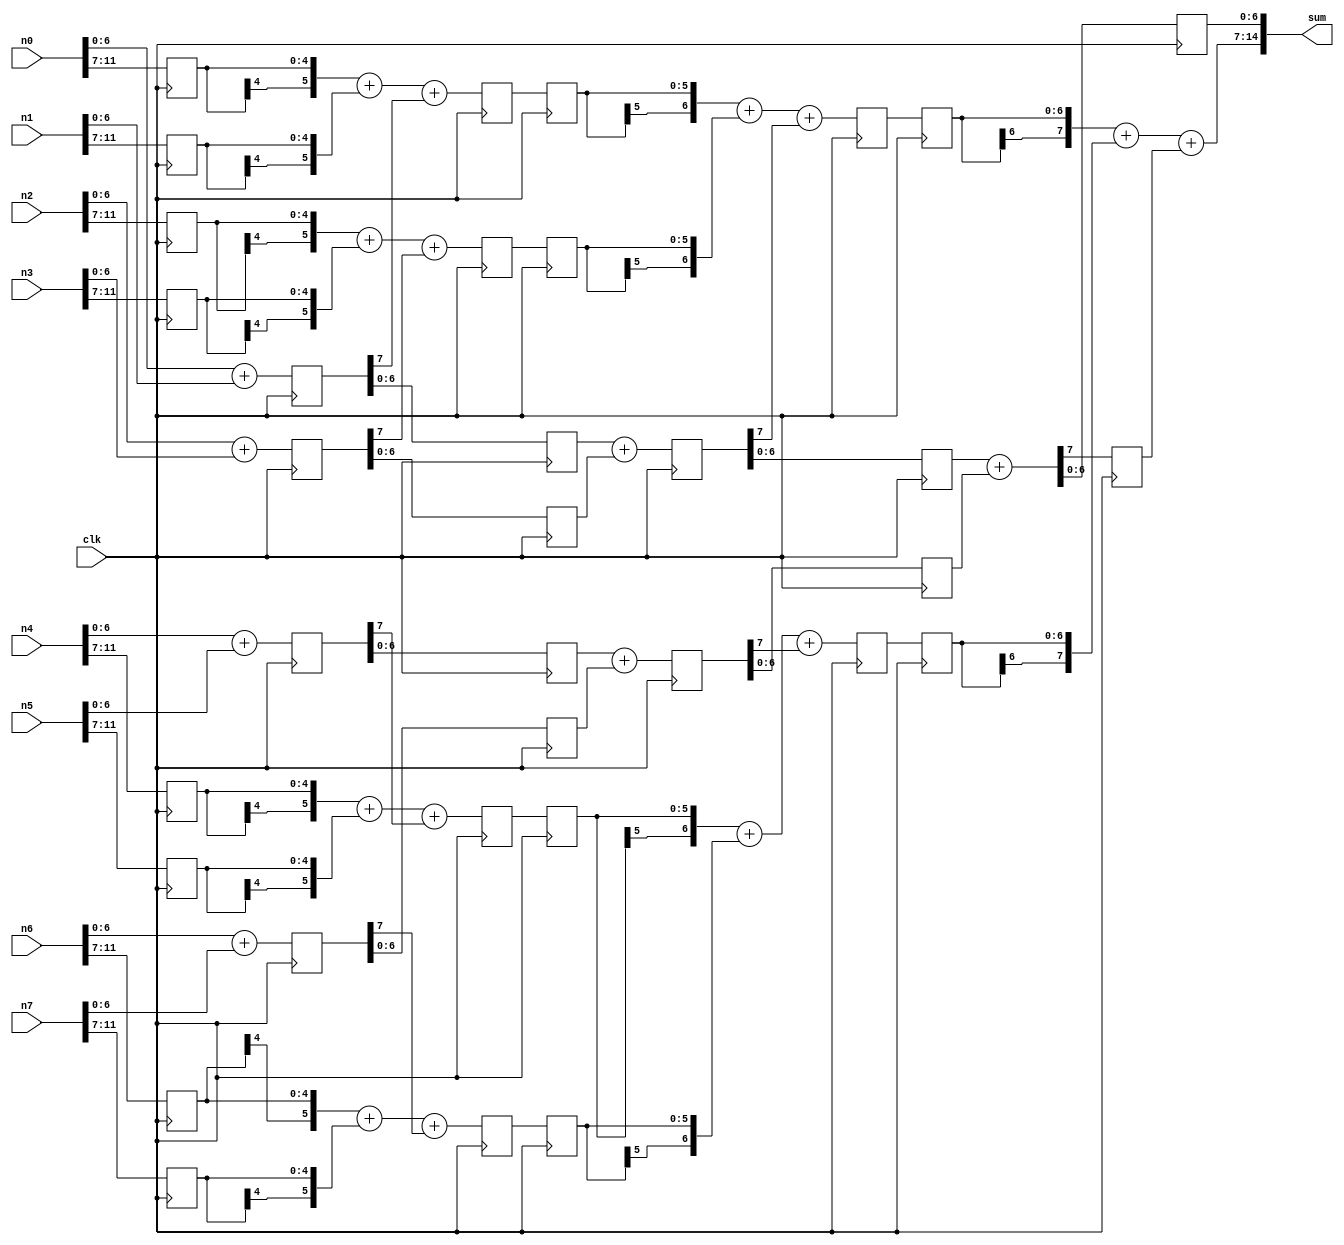
/*
Verilog Code for Signed Adder Design
// Adds eight numbers, n0 to n7, each of size 12 bits in 2s complement.
// Has five pipeline stages registered at positive edge of clock.
// Result, sum, is in 15 bits, 2s complement form (not registered).
*/

module adder12s (
    input clk,
    input [11:0] n0,
    input [11:0] n1,
    input [11:0] n2,
    input [11:0] n3,
    input [11:0] n4,
    input [11:0] n5,
    input [11:0] n6,
    input [11:0] n7,
    output [14:0] sum
);

// Declare nets in the design
wire [7:0] s00_lsb, s01_lsb, s02_lsb, s03_lsb;
wire [5:0] s00_msb, s01_msb, s02_msb, s03_msb;
wire [7:0] s10_lsb, s11_lsb, s20_lsb;
wire [6:0] s10_msb, s11_msb;

// Declare pipeline registers
reg [11:7] n0_reg1, n1_reg1, n2_reg1, n3_reg1, n4_reg1, n5_reg1, n6_reg1, n7_reg1;
reg [7:0] s00_lsbreg1, s01_lsbreg1, s02_lsbreg1, s03_lsbreg1;
reg [5:0] s00_msbreg2, s01_msbreg2, s02_msbreg2, s03_msbreg2;
reg [6:0] s00_lsbreg2, s01_lsbreg2, s02_lsbreg2, s03_lsbreg2;
reg [7:0] s10_lsbreg3, s11_lsbreg3;
reg [5:0] s00_msbreg3, s01_msbreg3, s02_msbreg3, s03_msbreg3;
reg [6:0] s10_msbreg4, s11_msbreg4;
reg [6:0] s10_lsbreg4, s11_lsbreg4;
reg [6:0] s10_msbreg5, s11_msbreg5;
reg s20_lsbreg5cy;
reg [6:0] s20_lsbreg5;

// First Stage Addition
assign s00_lsb[7:0] = n0[6:0] + n1[6:0];
assign s01_lsb[7:0] = n2[6:0] + n3[6:0];
assign s02_lsb[7:0] = n4[6:0] + n5[6:0];
assign s03_lsb[7:0] = n6[6:0] + n7[6:0];

always @(posedge clk) begin
    // Pipeline 1: clk (1)
    n0_reg1[11:7] <= n0[11:7];
    n1_reg1[11:7] <= n1[11:7];
    n2_reg1[11:7] <= n2[11:7];
    n3_reg1[11:7] <= n3[11:7];
    n4_reg1[11:7] <= n4[11:7];
    n5_reg1[11:7] <= n5[11:7];
    n6_reg1[11:7] <= n6[11:7];
    n7_reg1[11:7] <= n7[11:7];
    s00_lsbreg1[7:0] <= s00_lsb[7:0];
    s01_lsbreg1[7:0] <= s01_lsb[7:0];
    s02_lsbreg1[7:0] <= s02_lsb[7:0];
    s03_lsbreg1[7:0] <= s03_lsb[7:0];
end

// Sign extended & msb added with carry
assign s00_msb[5:0] = {n0_reg1[11], n0_reg1[11:7]} + {n1_reg1[11], n1_reg1[11:7]} + s00_lsbreg1[7];
assign s01_msb[5:0] = {n2_reg1[11], n2_reg1[11:7]} + {n3_reg1[11], n3_reg1[11:7]} + s01_lsbreg1[7];
assign s02_msb[5:0] = {n4_reg1[11], n4_reg1[11:7]} + {n5_reg1[11], n5_reg1[11:7]} + s02_lsbreg1[7];
assign s03_msb[5:0] = {n6_reg1[11], n6_reg1[11:7]} + {n7_reg1[11], n7_reg1[11:7]} + s03_lsbreg1[7];

always @(posedge clk) begin
    // Pipeline 2: clk (2)
    s00_msbreg2[5:0] <= s00_msb[5:0];
    s01_msbreg2[5:0] <= s01_msb[5:0];
    s02_msbreg2[5:0] <= s02_msb[5:0];
    s03_msbreg2[5:0] <= s03_msb[5:0];
    s00_lsbreg2[6:0] <= s00_lsbreg1[6:0];
    s01_lsbreg2[6:0] <= s01_lsbreg1[6:0];
    s02_lsbreg2[6:0] <= s02_lsbreg1[6:0];
    s03_lsbreg2[6:0] <= s03_lsbreg1[6:0];
end

// Second Stage Addition
assign s10_lsb[7:0] = s00_lsbreg2[6:0] + s01_lsbreg2[6:0];
assign s11_lsb[7:0] = s02_lsbreg2[6:0] + s03_lsbreg2[6:0];

always @(posedge clk) begin
    // Pipeline 3: clk (3)
    s10_lsbreg3[7:0] <= s10_lsb[7:0];
    s11_lsbreg3[7:0] <= s11_lsb[7:0];
    s00_msbreg3[5:0] <= s00_msbreg2[5:0];
    s01_msbreg3[5:0] <= s01_msbreg2[5:0];
    s02_msbreg3[5:0] <= s02_msbreg2[5:0];
    s03_msbreg3[5:0] <= s03_msbreg2[5:0];
end

assign s10_msb[6:0] = {s00_msbreg3[5], s00_msbreg3[5:0]} + {s01_msbreg3[5], s01_msbreg3[5:0]} + s10_lsbreg3[7];
assign s11_msb[6:0] = {s02_msbreg3[5], s02_msbreg3[5:0]} + {s03_msbreg3[5], s03_msbreg3[5:0]} + s11_lsbreg3[7];

always @(posedge clk) begin
    // Pipeline 4: clk (4)
    s10_lsbreg4[6:0] <= s10_lsbreg3[6:0];
    s11_lsbreg4[6:0] <= s11_lsbreg3[6:0];
    s10_msbreg4[6:0] <= s10_msb[6:0];
    s11_msbreg4[6:0] <= s11_msb[6:0];
end

// Third Stage Addition
assign s20_lsb[7:0] = s10_lsbreg4[6:0] + s11_lsbreg4[6:0];

always @(posedge clk) begin
    // Pipeline 5: clk (5)
    s10_msbreg5[6:0] <= s10_msbreg4[6:0];
    s11_msbreg5[6:0] <= s11_msbreg4[6:0];
    s20_lsbreg5cy <= s20_lsb[7];
    s20_lsbreg5[6:0] <= s20_lsb[6:0];
end

// Add third stage MSB results and concatenate with LSB result to get the final result
assign sum[14:0] = {({s10_msbreg5[6], s10_msbreg5[6:0]} + {s11_msbreg5[6], s11_msbreg5[6:0]} + s20_lsbreg5cy), s20_lsbreg5[6:0]};

endmodule